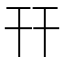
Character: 幵